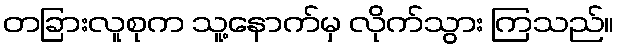
တခြားလူစုက သူ့နောက်မှ လိုက်သွား ကြသည်။